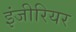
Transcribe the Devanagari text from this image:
इंजीरियर